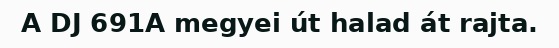
A DJ 691A megyei út halad át rajta.